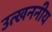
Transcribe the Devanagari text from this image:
उत्खननीय